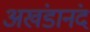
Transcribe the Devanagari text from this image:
अखंडानंद